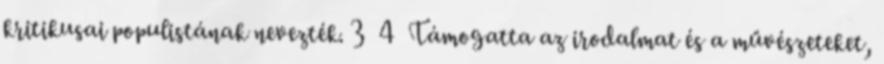
kritikusai populistának nevezték. 3 4 Támogatta az irodalmat és a művészeteket,